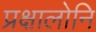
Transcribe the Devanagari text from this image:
प्रक्षालोनि